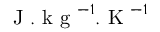
\textrm { J } . \textrm { k g } ^ { - 1 } . \textrm { K } ^ { - 1 }